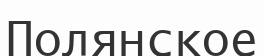
Полянское